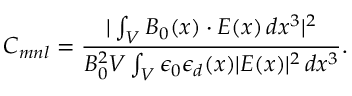
C _ { m n l } = \frac { | \int _ { V } \boldsymbol { B _ { 0 } } ( \boldsymbol { x } ) \cdot \boldsymbol { E } ( \boldsymbol { x } ) \, d x ^ { 3 } | ^ { 2 } } { B _ { 0 } ^ { 2 } V \int _ { V } \epsilon _ { 0 } \epsilon _ { d } ( \boldsymbol { x } ) | \boldsymbol { E } ( \boldsymbol { x } ) | ^ { 2 } \, d x ^ { 3 } } .